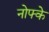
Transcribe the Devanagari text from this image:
नोफ्के